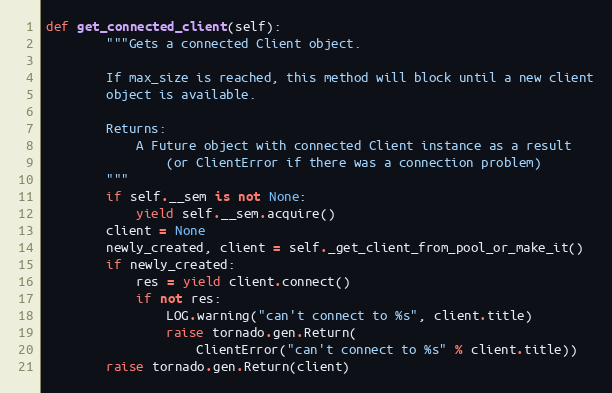
Language: Python
def get_connected_client(self):
        """Gets a connected Client object.

        If max_size is reached, this method will block until a new client
        object is available.

        Returns:
            A Future object with connected Client instance as a result
                (or ClientError if there was a connection problem)
        """
        if self.__sem is not None:
            yield self.__sem.acquire()
        client = None
        newly_created, client = self._get_client_from_pool_or_make_it()
        if newly_created:
            res = yield client.connect()
            if not res:
                LOG.warning("can't connect to %s", client.title)
                raise tornado.gen.Return(
                    ClientError("can't connect to %s" % client.title))
        raise tornado.gen.Return(client)